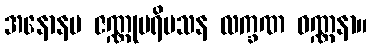
အနောနမ ဇဏ္ဏုပရိမသန လက္ခဏ ဝဏ္ဏနာ။